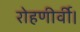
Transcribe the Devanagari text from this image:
रोहणीर्वी।